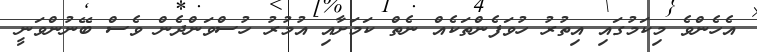
އެހެންވެ މިކަމުގައި އިތުރު ހުވަފެންތަކެއް ނެތް ކަމަށާއި އުމުރު ހުސްވަންދެން ވެސް ބޭނުންވަނީ